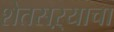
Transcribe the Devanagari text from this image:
शेतसऱ्याचा